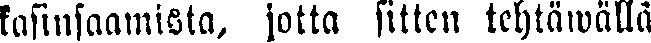
kasinsaamista, jotta sitten tehtäwällä